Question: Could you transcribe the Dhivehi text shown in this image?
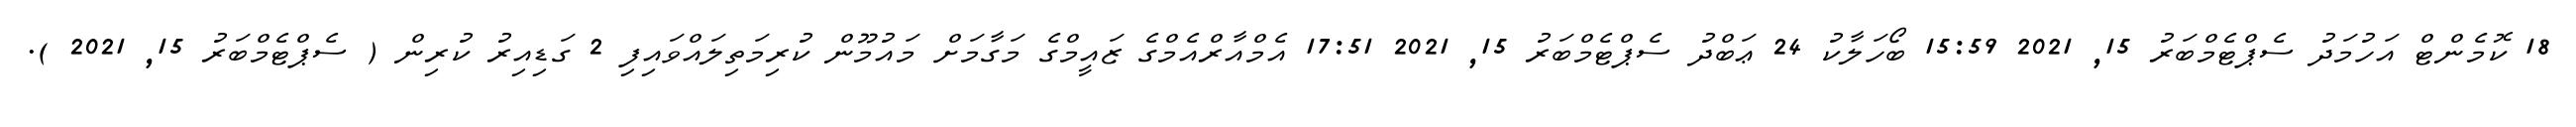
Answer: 18 ކޮމެންޓް އަހުމަދު ސެޕްޓެމްބަރު 15, 2021 15:59 ބޯހަލާކު 24 ޢަބްދު ސެޕްޓެމްބަރު 15, 2021 17:51 އެމްއާރްއެމްގެ ޒައީމްގެ މަގާމަށް މައުމޫން ކުރިމަތިލައްވައިފި 2 ގަޑިއިރު ކުރިން ( ސެޕްޓެމްބަރު 15, 2021 ).